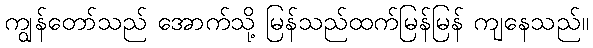
ကျွန်တော်သည် အောက်သို့ မြန်သည်ထက်မြန်မြန် ကျနေသည်။